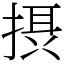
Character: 摂